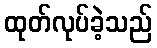
ထုတ်လုပ်ခဲ့သည်